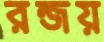
রন্জয়